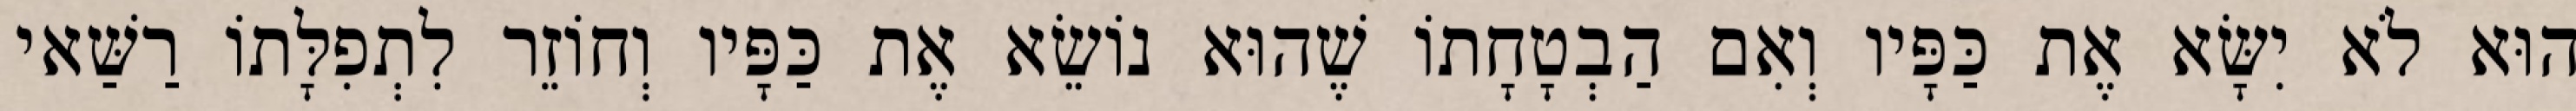
הוּא לֹא יִשָּׂא אֶת כַּפָּיו וְאִם הַבְטָחָתוֹ שֶׁהוּא נוֹשֵׂא אֶת כַּפָּיו וְחוֹזֵר לִתְפִלָּתוֹ רַשַּׁאי